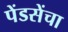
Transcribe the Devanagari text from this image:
पेंडसेंचा